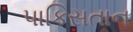
પાકિસતાન